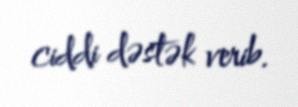
ciddi dəstək verib.